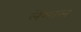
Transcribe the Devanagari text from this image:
लेमाल